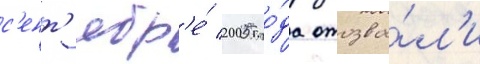
с'ент'ябр'е́ 2005 го́да отозва́л'и